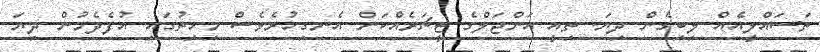
ތަސައްލީއެއް ލިބިގެން ދިޔަ. ތިއީ އަންޖަލްގެ ޓީޗަރެއްކަން އެނގިހުރެވެސް މިހިތުގައި އުފެދެމުން ދިޔަ